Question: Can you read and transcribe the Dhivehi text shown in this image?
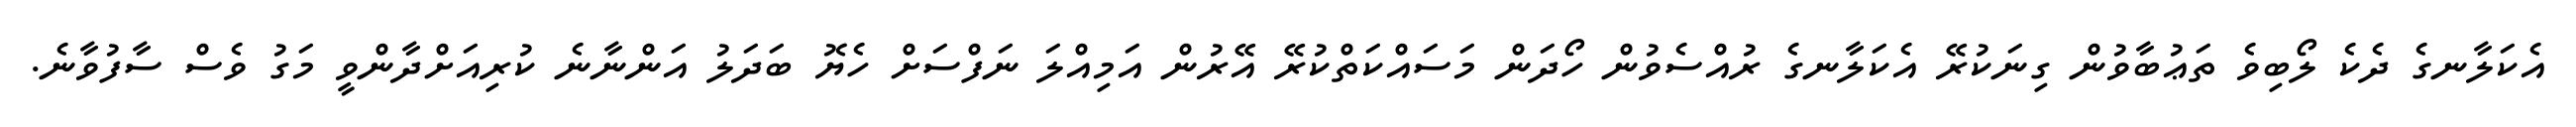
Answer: އެކަލާނގެ ދެކެ ލޯބިވެ ތަޢުބާވުން ގިނަކުރޭ އެކަލާނގެ ރުއްސެވުން ހޯދަން މަސައްކަތްކުރޭ އޭރުން އަމިއްލަ ނަފްސަށް ހެޔޮ ބަދަލު އަންނާނެ ކުރިއަށްދާންވީ މަގު ވެސް ސާފުވާނެ.